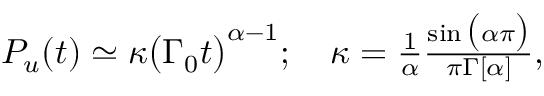
\begin{array} { r } { P _ { u } ( t ) \simeq \kappa \big ( \Gamma _ { 0 } t \big ) ^ { \alpha - 1 } ; \ \ \ \kappa = \frac { 1 } { \alpha } \frac { \sin \big ( \alpha \pi \big ) } { \pi \Gamma [ \alpha ] } , } \end{array}